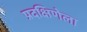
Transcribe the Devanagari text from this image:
प्रदक्षिणेला